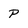
Character: P